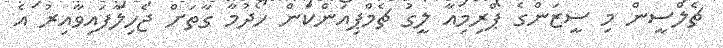
ޗެލްސީން މި ސީޒަންގެ ޕްރިމިއާ ލީގު ޗެމްޕިއަންކަން ހޯދުމާ ގާތަށް ޖެހިލާފައިވާއިރު އެ